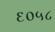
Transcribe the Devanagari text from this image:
६०५८